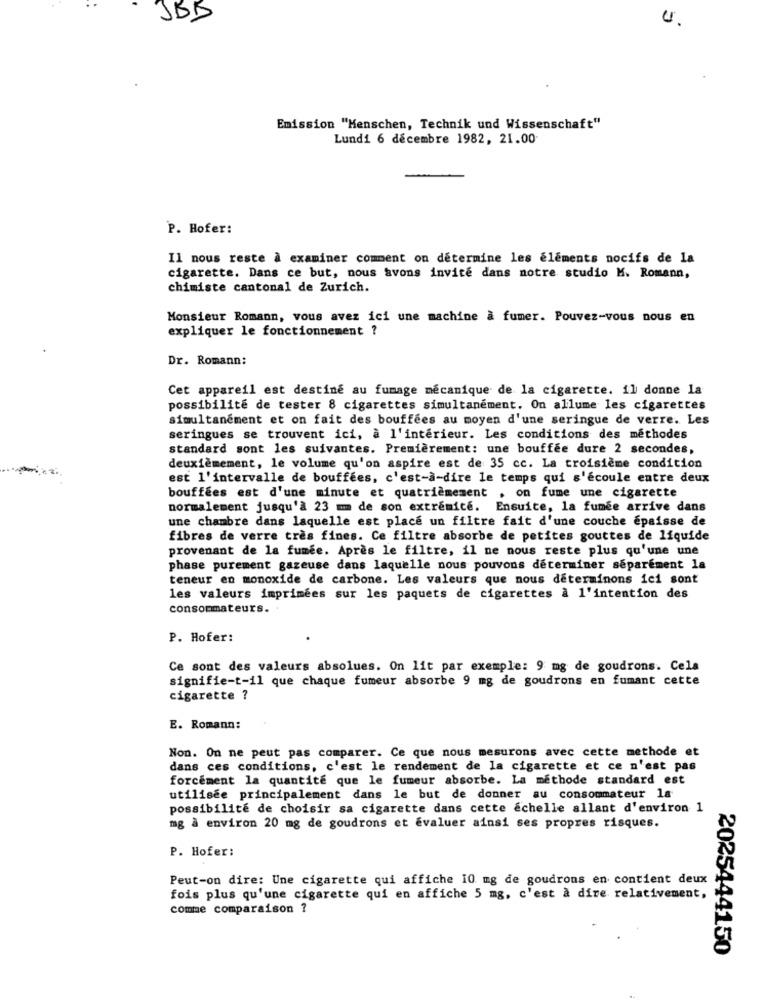
JBD
U.
Emission "Menschen, Technik und Wissenschaft"
Lundi 6 décembre 1982, 21.00
P. Hofer:
Il nous reste à examiner comment on détermine les éléments nocifs de la
cigarette. Dans ce but, nous avons invite dans notre studio K. Romann,
chimiste cantonal de Zurich.
Monsieur Romann, vous avez ici une machine à fumer. Pouvez-vous nous en
expliquer le fonctionnement ?
Dr. Romann:
Cet appareil est destiné au fumage mécanique de la cigarette. il donne la
possibilité de tester 8 cigarettes simultanément. On allume les cigarettes
simultanément et on fait des bouffées au moyen d'une seringue de verre. Les
seringues se trouvent ici, à l'intérieur. Les conditions des méthodes
standard sont les suivantes. Premièrement: une bouffée dure 2 secondes,
deuxièmement, le volume qu'on aspire est de 35 cc. La troisième condition
est l'intervalle de bouffées, c'est-à-dire le temps qui s'écoule entre deux
bouffées est d'une minute et quatrièmement , on fume une cigarette
normalement jusqu'à 23 mm de son extrémité. Ensuite, la fumée arrive dans
une chambre dans laquelle est placé un filtre fait d'une couche épaisse de
fibres de verre très fines. Ce filtre absorbe de petites gouttes de liquide
provenant de la fumee. Après le filtre, il ne nous reste plus qu'une une
phase purement gazeuse dans laquelle nous pouvons determiner séparément la
teneur en monoxide de carbone. Les valeurs que nous determinons ici sont
les valeurs imprimées sur les paquets de cigarettes à l'intention des
consommateurs.
P. Hofer:
Ce sont des valeurs absolues. On lit par exemple: 9 mg de goudrons. Cela
signifie-t-il que chaque fumeur absorbe 9 mg de goudrons en fumant cette
cigarette ?
E. Romann:
Non. On ne peut pas comparer. Ce que nous mesurons avec cette methode et
dans ces conditions, c'est le rendement de la cigarette et ce n'est pas
forcement la quantite que le fumeur absorbe. La methode standard est
utilisée principalement dans le but de donner au consommateur la
possibilité de choisir sa cigarette dans cette échelle allant d'environ 1
mg à environ 20 mg de goudrons et évaluer ainsi ses propres risques.
P. Hofer:
Peut-on dire: Une cigarette qui affiche 10 mg de goudrons en contient deux
fois plus qu'une cigarette qui en affiche 5 mg, c'est à dire relativement,
comme comparaison ?
2025444150